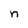
Character: n